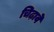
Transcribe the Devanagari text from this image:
चिढ़ावे